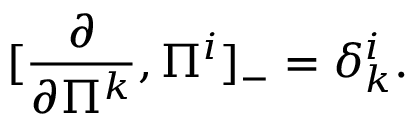
[ \frac { \partial } { \partial \Pi ^ { k } } , \Pi ^ { i } ] _ { - } = \delta _ { k } ^ { i } .